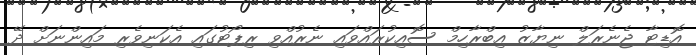
އޮޑިޓާ ޖެނެރަލް ނިޔާޒު އިބްރާހިމް ސޮއިކުރައްވައި ނެރުއްވި ރިޕޯޓުގައި އެކަނިވެރި މައިންނަށް ދޭ